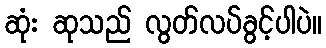
ဆုံး ဆုသည် လွတ်လပ်ခွင့်ပါပဲ။